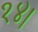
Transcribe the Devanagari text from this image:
१४।